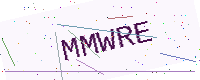
Text: MMWRE